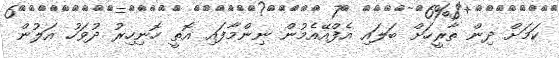
ކަމަށް ދިން ތާރީހަށް ބަލައި އެފްއޭއެމުން ނިންމާފައި އޮތީ ހޮނިހިރު ދުވަހު އަލުން